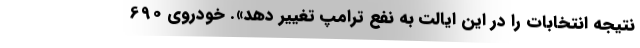
نتیجه انتخابات را در این ایالت به نفع ترامپ تغییر دهد». خودروی 690